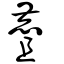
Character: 麆